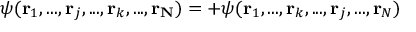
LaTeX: \psi ( \mathbf { r } _ { 1 } , . . . , \mathbf { r } _ { j } , . . . , \mathbf { r } _ { k } , . . . , \mathbf { r _ { N } } ) = + \psi ( \mathbf { r } _ { 1 } , . . . , \mathbf { r } _ { k } , . . . , \mathbf { r } _ { j } , . . . , \mathbf { r } _ { N } )